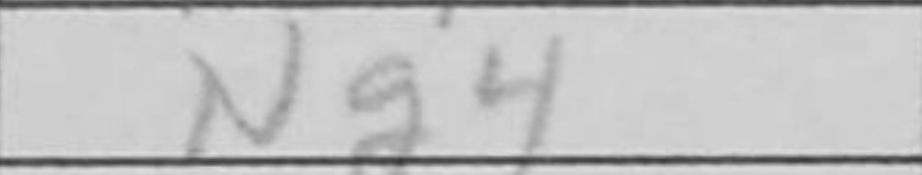
Transcription: Ng4